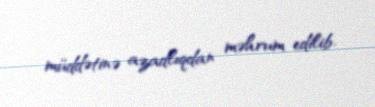
müddətinə azadlıqdan məhrum edilib.